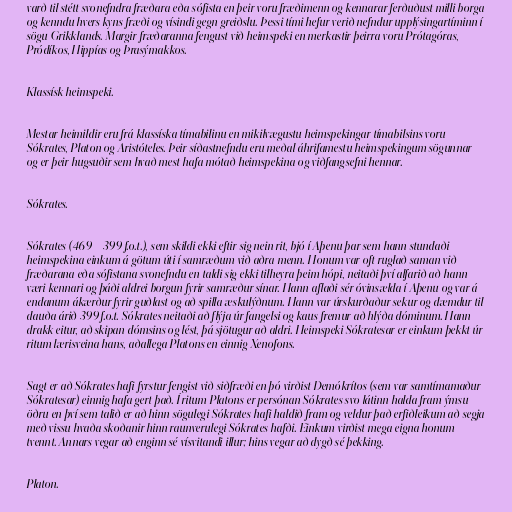
varð til stétt svonefndra fræðara eða sófista en þeir voru fræðimenn og kennarar ferðuðust milli borga
og kenndu hvers kyns fræði og vísindi gegn greiðslu. Þessi tími hefur verið nefndur upplýsingartíminn í
sögu Grikklands. Margir fræðaranna fengust við heimspeki en merkastir þeirra voru Prótagóras,
Pródíkos, Hippías og Þrasýmakkos.

Klassísk heimspeki.

Mestar heimildir eru frá klassíska tímabilinu en mikilvægustu heimspekingar tímabilsins voru
Sókrates, Platon og Aristóteles. Þeir síðastnefndu eru meðal áhrifamestu heimspekingum sögunnar
og er þeir hugsuðir sem hvað mest hafa mótað heimspekina og viðfangsefni hennar.

Sókrates.

Sókrates (469 – 399 f.o.t.), sem skildi ekki eftir sig nein rit, bjó í Aþenu þar sem hann stundaði
heimspekina einkum á götum úti í samræðum við aðra menn. Honum var oft ruglað saman við
fræðarana eða sófistana svonefndu en taldi sig ekki tilheyra þeim hópi, neitaði því alfarið að hann
væri kennari og þáði aldrei borgun fyrir samræður sínar. Hann aflaði sér óvinsælda í Aþenu og var á
endanum ákærður fyrir guðlast og að spilla æskulýðnum. Hann var úrskurðaður sekur og dæmdur til
dauða árið 399 f.o.t. Sókrates neitaði að flýja úr fangelsi og kaus fremur að hlýða dóminum. Hann
drakk eitur, að skipan dómsins og lést, þá sjötugur að aldri. Heimspeki Sókratesar er einkum þekkt úr
ritum lærisveina hans, aðallega Platons en einnig Xenofons.

Sagt er að Sókrates hafi fyrstur fengist við siðfræði en þó virðist Demókrítos (sem var samtímamaður
Sókratesar) einnig hafa gert það. Í ritum Platons er persónan Sókrates svo látinn halda fram ýmsu
öðru en því sem talið er að hinn sögulegi Sókrates hafi haldið fram og veldur það erfiðleikum að segja
með vissu hvaða skoðanir hinn raunverulegi Sókrates hafði. Einkum virðist mega eigna honum
tvennt. Annars vegar að enginn sé vísvitandi illur; hins vegar að dygð sé þekking.

Platon.